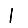
Digit: 1